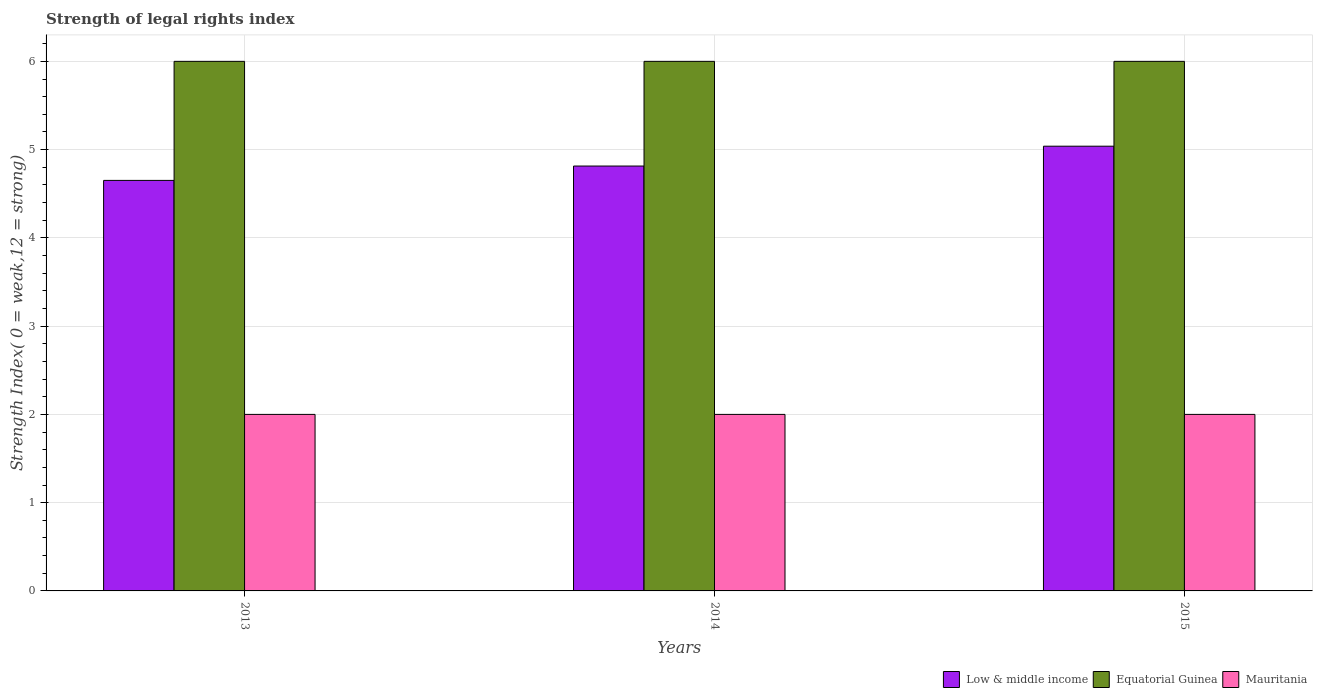
| Years | Low & middle income | Equatorial Guinea | Mauritania |
 | --- | --- | --- | --- |
 | 2013 | 4.65 | 6 | 2 |
 | 2014 | 4.81 | 6 | 2 |
 | 2015 | 5.04 | 6 | 2 |